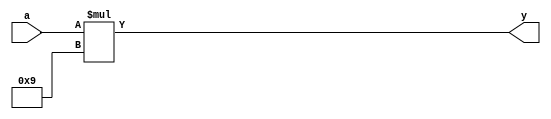
module mul8(a,y);
input [2:0]a;
output [5:0]y;
assign y = a*9;
endmodule